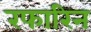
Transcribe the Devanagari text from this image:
रफारिन